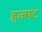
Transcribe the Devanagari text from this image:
हज्मट